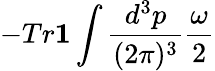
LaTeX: -Tr{\mathbf 1}\int\frac{d^{3}p}{(2\pi)^{3}}\frac{\omega}{2}